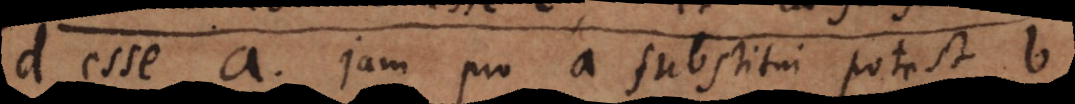
d esse a. Jam pro a substitui potest b